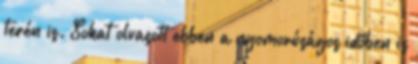
terén is. Sokat olvasott ebben a nyomorúságos időben is